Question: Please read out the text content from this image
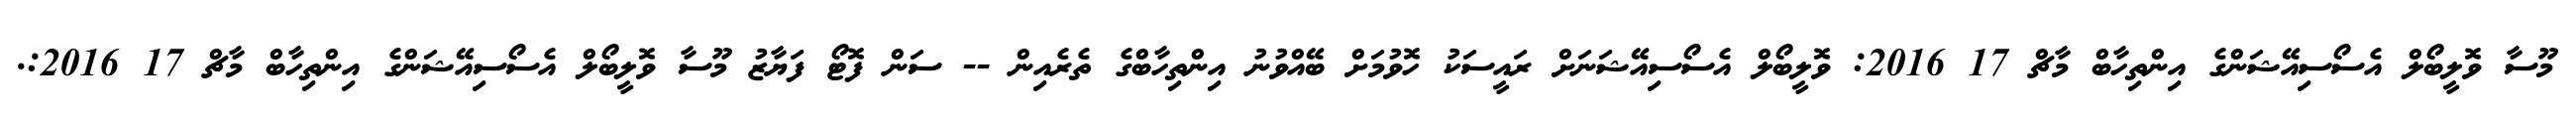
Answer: މޫސާ ވޮލީބޯލް އެސޯސިއޭޝަންގެ އިންތިހާބް މާޗް 17 2016: ވޮލީބޯލް އެސޯސިއޭޝަނަށް ރައީސަކު ހޮވުމަށް ބޭއްވުނު އިންތިހާބްގެ ތެރެއިން -- ސަން ފޮޓޯ ފަޔާޒު މޫސާ ވޮލީބޯލް އެސޯސިއޭޝަންގެ އިންތިހާބް މާޗް 17 2016:.